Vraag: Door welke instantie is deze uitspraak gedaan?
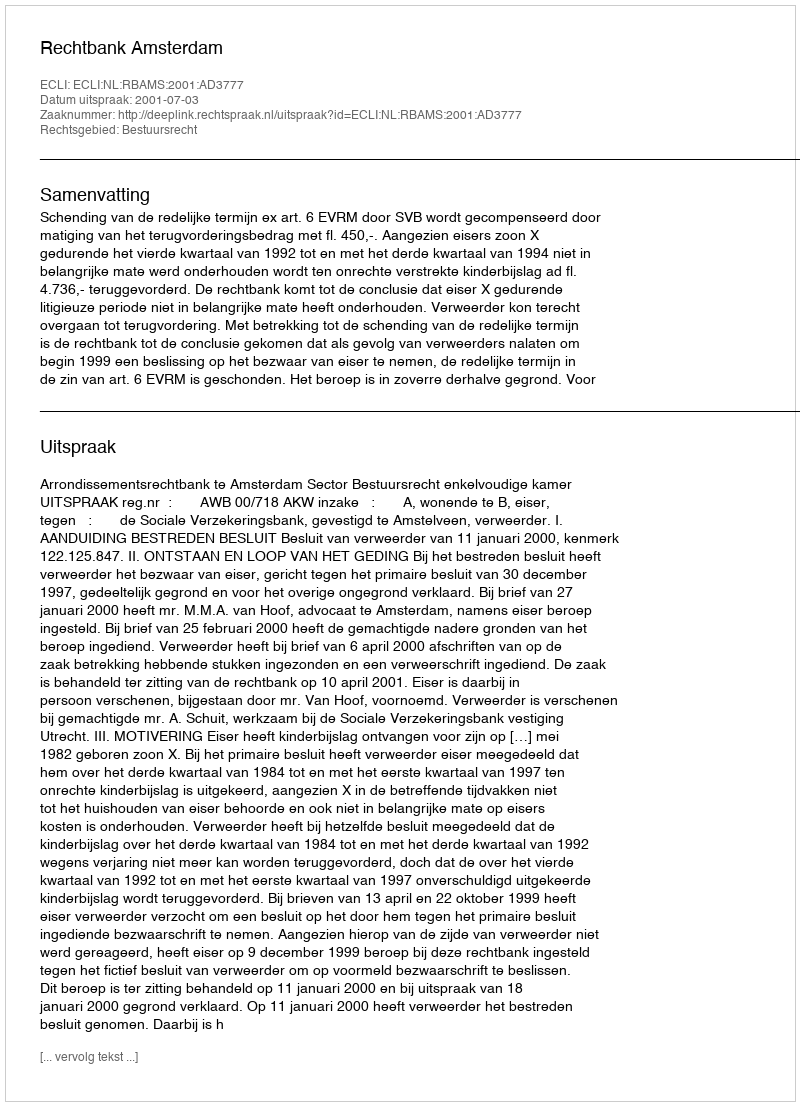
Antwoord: Rechtbank Amsterdam